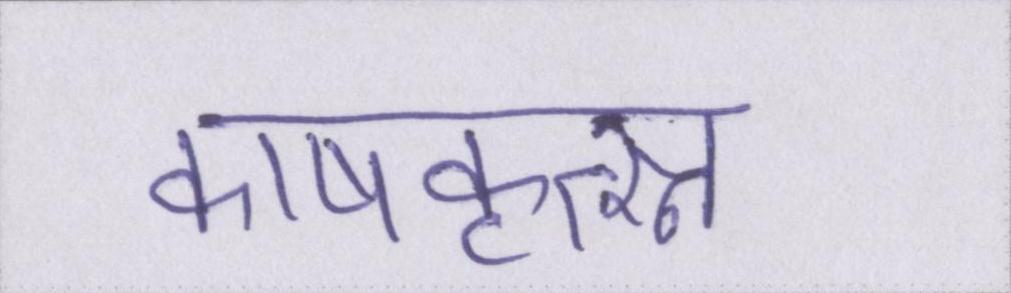
काषकृत्स्न